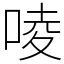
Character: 㖫